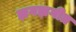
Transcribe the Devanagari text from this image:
झगझगीत